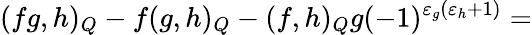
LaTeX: (fg,h)_{Q}-f(g,h)_{Q}-(f,h)_{Q}g(-1)^{\varepsilon_{g}(\varepsilon_{h}+1)}=